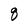
Character: q